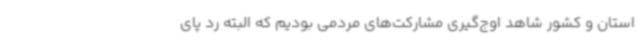
استان و کشور شاهد اوج‌گیری مشارکت‌های مردمی بودیم که البته رد پای